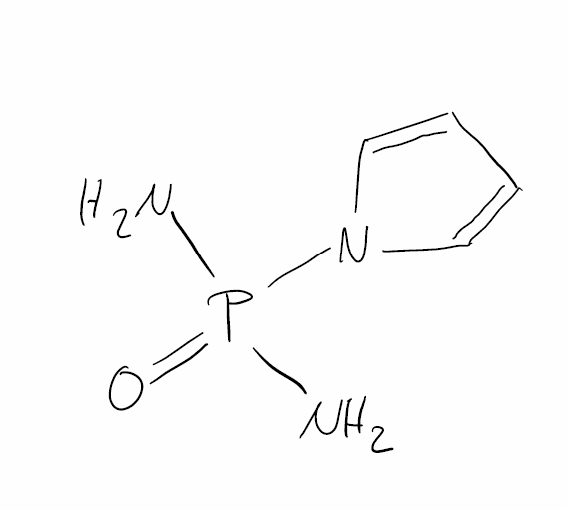
Simplified molecular-input line-entry system (SMILES) notation of the given molecule:
C1=CN(C=C1)P(=O)(N)N